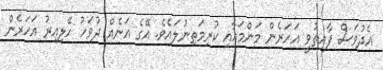
އެދުވަސް ފާއިތުވީ އަހަރެން މަންމައާއި ކުރިމަތިނުލައެވެ. އޭގެ އަނެއް ދުވަހު ހޭލިއިރު އަހަރެން